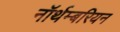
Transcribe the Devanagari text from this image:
नॉर्थम्बरियन